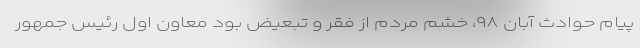
پیام حوادث آبان ۹۸، خشم مردم از فقر و تبعیض بود معاون اول رئیس جمهور